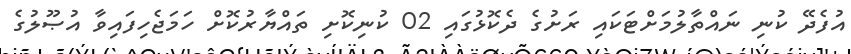
އުފެދޭ ކުނި ނައްތާލުމަށްޓަކައި ރަށުގެ ދެކޮޅުގައި 02 ކުނިކޮށި ތައްޔާރުކޮށް ހަމަޖެހިފައިވާ އުޞޫލުގެ